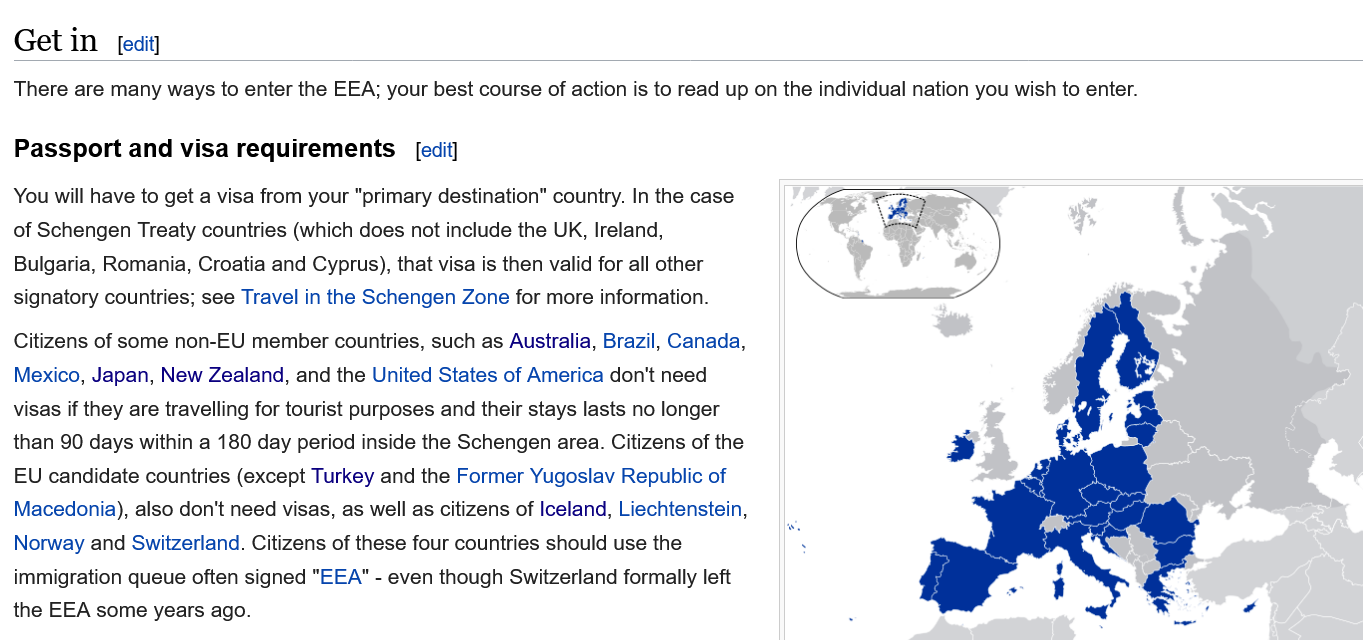
Get  in
  There are many ways to enter the EEA; your best course of action is to read up on the individual nation you wish to enter.
  Passport  and visa requirements
  You will have to get a visa from your "primary destination" country. In the case
  of Schengen Treaty countries (which does not include the UK, Ireland,
  Bulgaria, Romania, Croatia and Cyprus), that visa is then valid for all other
  signatory countries; see Travel in the Schengen Zone for more information.
  Citizens of some non-EU member countries, such as Australia, Brazil, Canada,
  Mexico, Japan, New Zealand, and the United States of America don't need
  visas if they are travelling for tourist purposes and their stays lasts no longer
  than 90 days within a 180 day period inside the Schengen area. Citizens of the
  EU candidate countries (except Turkey and the Former Yugoslav Republic of
  Macedonia), also don't need visas, as well as citizens of Iceland, Liechtenstein,
  Norway and Switzerland. Citizens of these four countries should use the
  immigration queue often signed "EEA"
     - even though Switzerland formally left
  the EEA some years ago.
     [ecit}
     [edit]